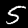
Digit: 5